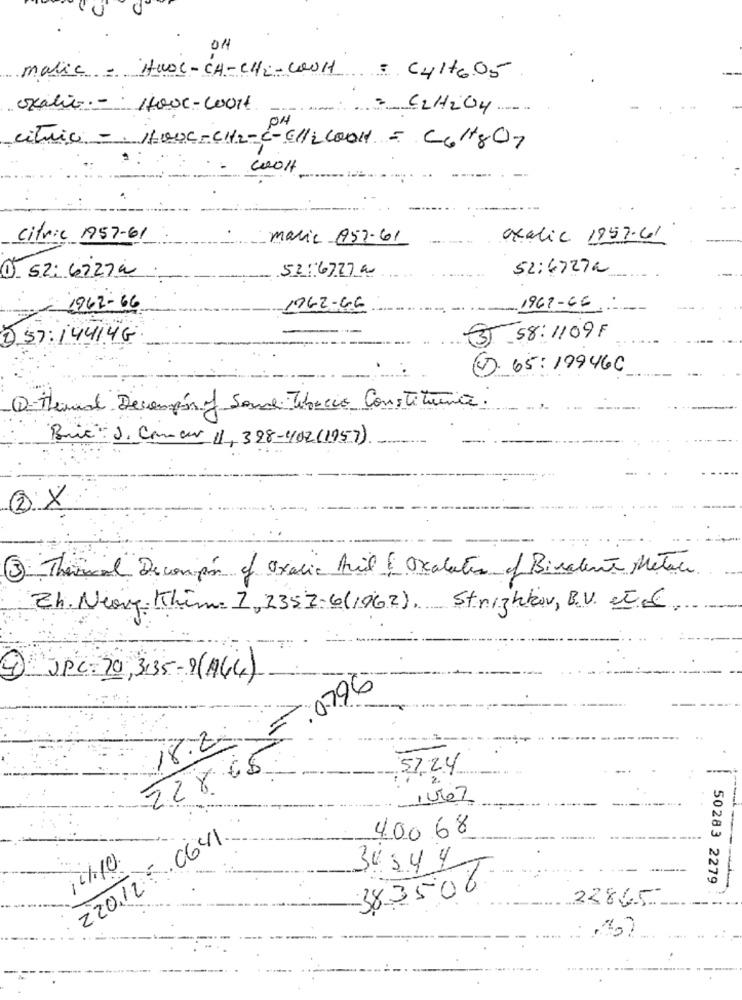
U
011
malic- HUOC-CH-CH2-COOH = C4H6. 05
oxalic-
14000-wort
-
04
citric - . 1100c-CH2-C-C//LCOOH - C6H+807
Citric 1957-61
maria (957-61
oxalic 1997.61
0 52: 67274
52:47272
52:6727 00
-1962-66
1962-46
1961-66
DS7:14414G
3-58:1109F
ED. 65: 19946C
D-Heard Decompos of Some Tobacco Constituinte.
But- J. Crew 11, 388-402 (1957)
2X
3 Thermal Decompr of oxalic Acid ( Oxalate of Bivalente Metal
Zh. Near Khim. 7, 2352-6(1962), Strichkov, B.V. et E.
4
JPC:20, 3135-9(144)
0796
18.2.
57.24
2286
1Use7
4.00.68
22012 C64%.
12/10)
30344
50283 2279
383506
22865